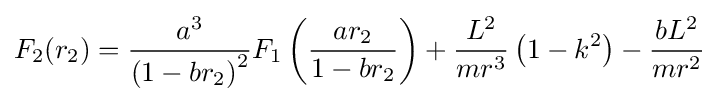
F_{2}(r_{2})={\frac {a^{3}}{\left(1-br_{2}\right)^{2}}}F_{1}\left({\frac {ar_{2}}{1-br_{2}}}\right)+{\frac {L^{2}}{mr^{3}}}\left(1-k^{2}\right)-{\frac {bL^{2}}{mr^{2}}}